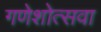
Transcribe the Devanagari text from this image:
गणेशोत्सवा